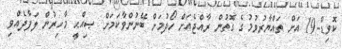
ކޮވިޑް-19 އަށް ތައްޔާރުވުމުގެ ގޮތުން ރާއްޖެއަށް ހޯދުމަށް ބޭނުންވާކަމަށް ޞިއްޙީ މާހިރުން ލަފާދެއްވި